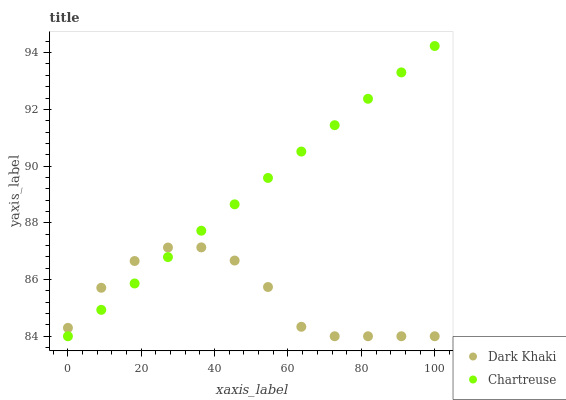
| xaxis_label | Dark Khaki | Chartreuse |
 | --- | --- | --- |
 | 0 | 84.3 | 84 |
 | 9.09 | 85.7 | 84.9 |
 | 18.2 | 86.7 | 85.9 |
 | 27.3 | 87.1 | 86.8 |
 | 36.4 | 87.1 | 87.7 |
 | 45.5 | 86.7 | 88.7 |
 | 54.5 | 85.7 | 89.6 |
 | 63.6 | 84.3 | 90.5 |
 | 72.7 | 84 | 91.4 |
 | 81.8 | 84 | 92.4 |
 | 90.9 | 84 | 93.3 |
 | 100 | 84 | 94.2 |